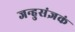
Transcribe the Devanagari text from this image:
जन्हुसंज्ञकं